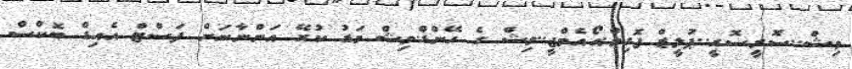
ވިޝް..ސޮރީސޮރީ..ޕުލީޒް ފޮގިވް.އޯއެމްޖީ..ވިޝް ގެ ހޭންޑް.ވިޝް މަޑު ކުރޭ އަންނާނަން ފަސްޓް އެއިޑް ބޮކްސް